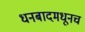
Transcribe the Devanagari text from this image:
धनबादमधूनच